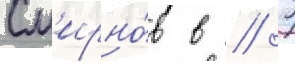
См'ирно́в в // Г